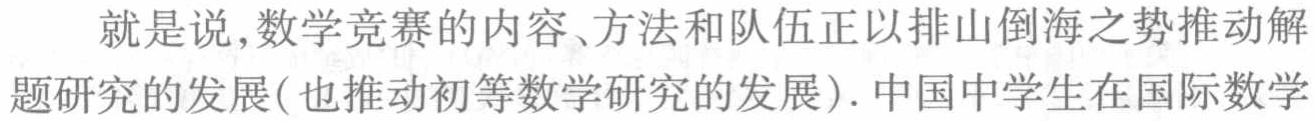
就是说,数学竞赛的内容、方法和队伍正以排山倒海之势推动解题研究的发展(也推动初等数学研究的发展). 中国中学生在国际数学